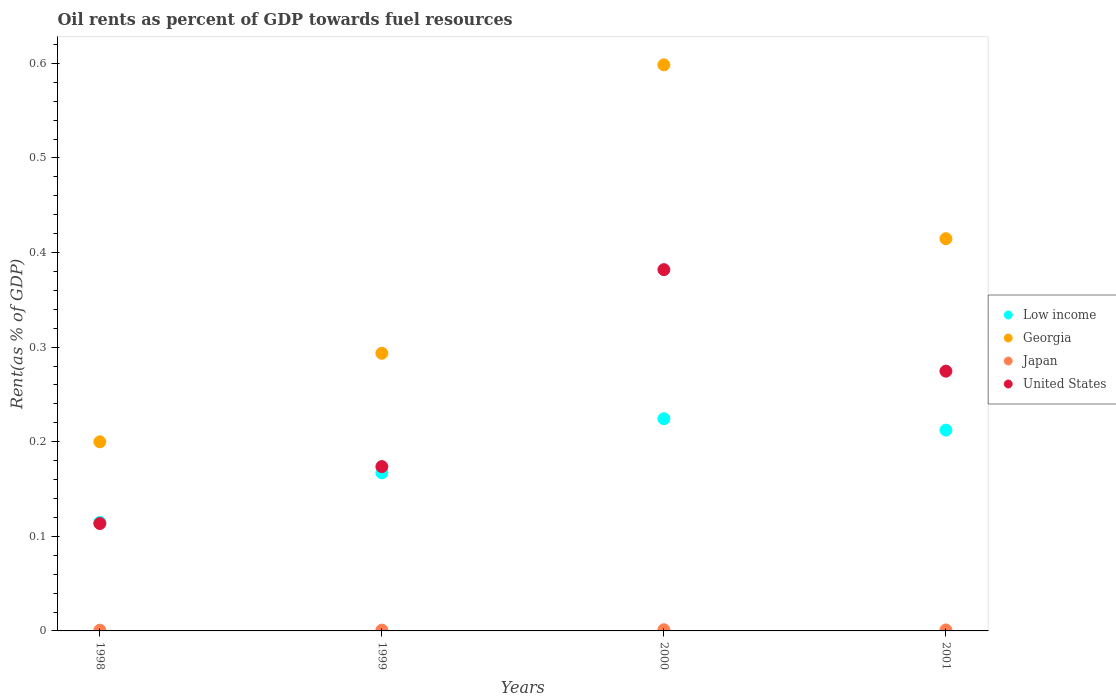
| Years | Low income | Georgia | Japan | United States |
 | --- | --- | --- | --- | --- |
 | 1998 | 0.115 | 0.2 | 0.000767 | 0.114 |
 | 1999 | 0.167 | 0.294 | 0.000844 | 0.174 |
 | 2000 | 0.224 | 0.598 | 0.00125 | 0.382 |
 | 2001 | 0.212 | 0.415 | 0.00102 | 0.275 |